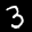
Label: 3